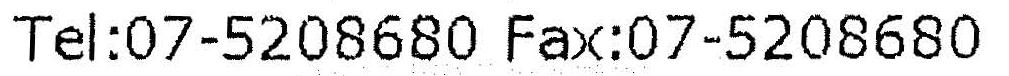
TEL:07-5208680 FAX:07-5208680